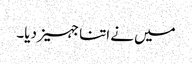
میں نے اتنا جہیز دیا۔